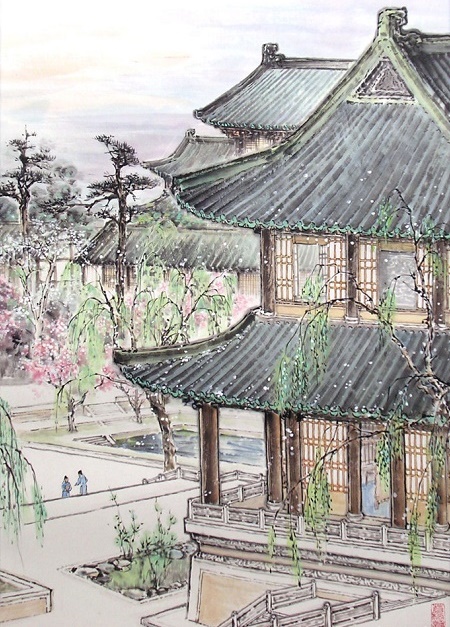
禁里疏钟官舍晚，省中啼鸟吏人稀。